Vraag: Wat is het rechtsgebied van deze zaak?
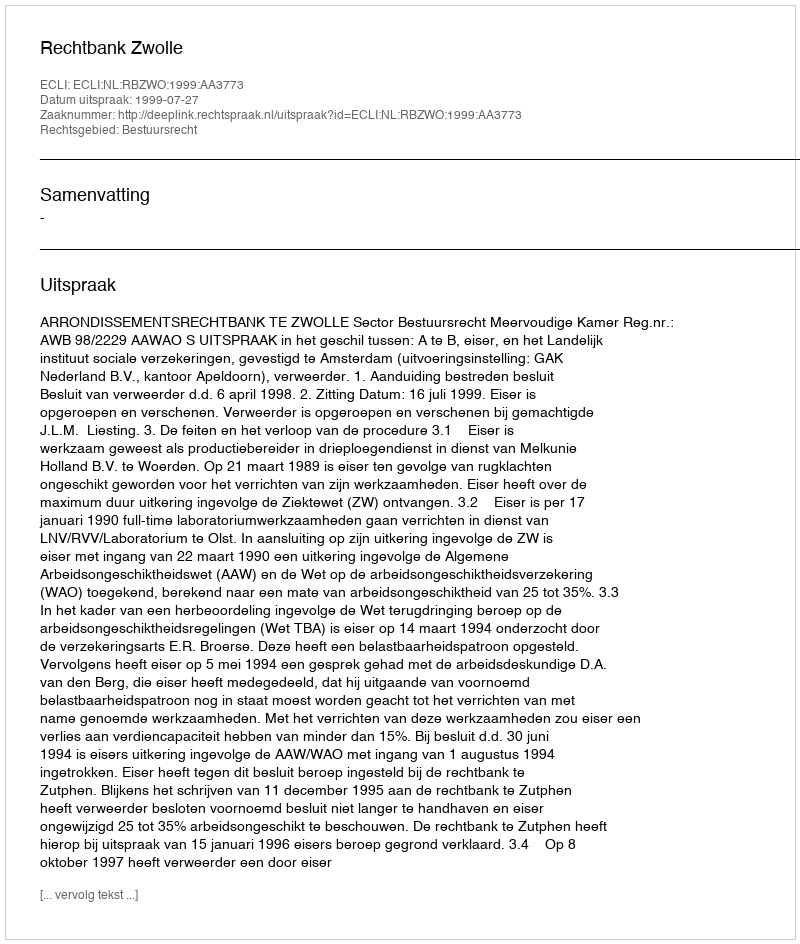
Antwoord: Bestuursrecht